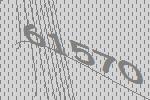
61570